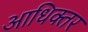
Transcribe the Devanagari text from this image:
आधिक्तर